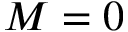
M = 0